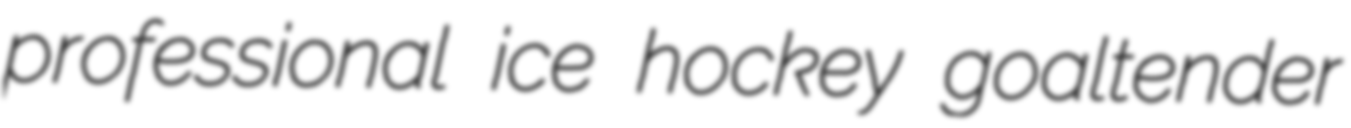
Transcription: professional ice hockey goaltender